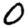
Digit: 0